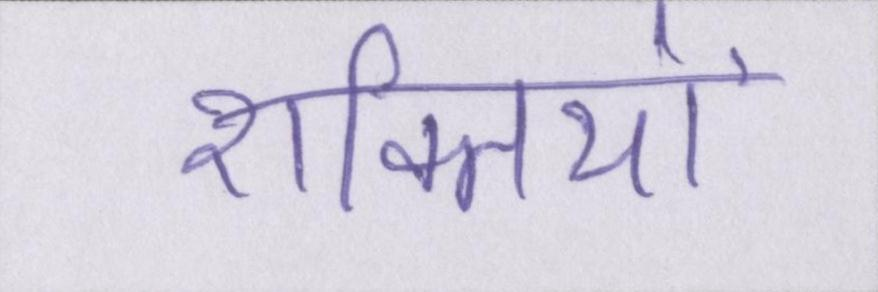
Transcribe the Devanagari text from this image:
शक्तियों